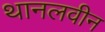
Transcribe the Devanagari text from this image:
थानलवीन